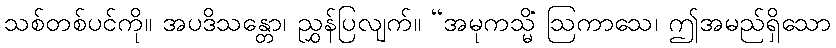
သစ်တစ်ပင်ကို။ အပဒိသန္တော၊ ညွှန်ပြလျက်။ “အမုကသ္မိံ ဩကာသေ၊ ဤအမည်ရှိသော